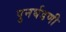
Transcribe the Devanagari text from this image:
पुनर्घडणी